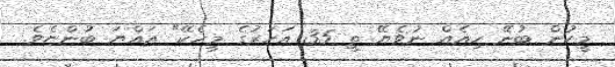
މީހުން ބުނޭ ހިއެއް ނުވެޔޭ ތީ 35 އަހަރުގެ މީހެކޭ" އައްޔަ ބުންޏެވެ.